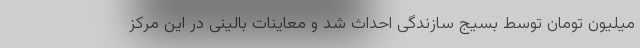
میلیون تومان توسط بسیج سازندگی احداث شد و معاینات بالینی در این مرکز